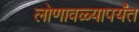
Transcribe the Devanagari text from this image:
लोणावळ्यापर्यंत